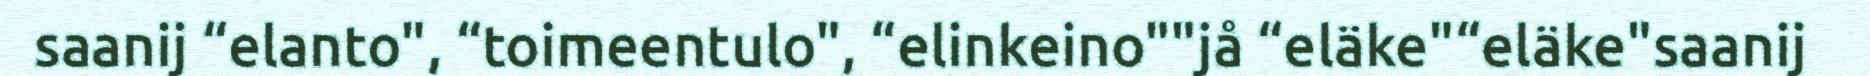
saanij “elanto", “toimeentulo", “elinkeino""jå “eläke"“eläke"saanij